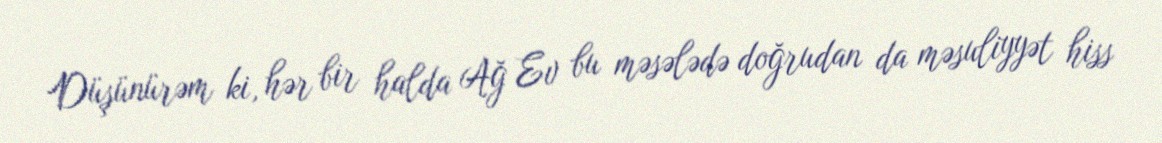
Düşünürəm ki, hər bir halda Ağ Ev bu məsələdə doğrudan da məsuliyyət hiss